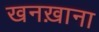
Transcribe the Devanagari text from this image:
खनख़ाना